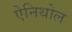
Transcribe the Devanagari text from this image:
ऐनिथोल